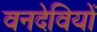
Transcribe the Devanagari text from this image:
वनदेवियों